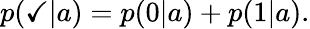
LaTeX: p(\checkmark|a)=p(0|a)+p(1|a).